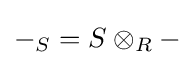
-_{S}=S\otimes _{R}-